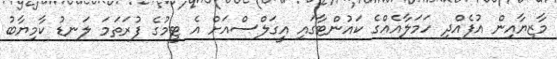
މާޒިޔާއިން އުފެއްދި ހަމަލާއެއްގެ ކައުންޓާގައި އީގަލްސްއަށް އެ ޓީމުގެ ފުރަތަމަ ލަނޑު ކާމިޔާބު